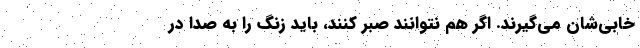
خابی‌شان می‌گیرند. اگر هم نتوانند صبر کنند، باید زنگ را به صدا در